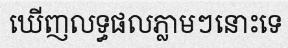
ឃើញលទ្ធផលភ្លាមៗនោះទេ